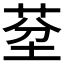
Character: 𦯀